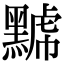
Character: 𪑷